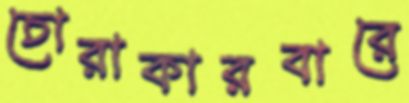
চোরাকারবারে